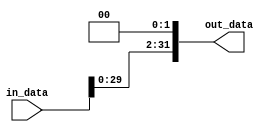
`timescale 1ns / 1ps
//////////////////////////////////////////////////////////////////////////////////
// Company: 
// Engineer: 
// 
// Design Name: 
// Module Name: SL2
// Project Name: 
// Target Devices: 
// Tool Versions: 
// Description: 
// 
// Dependencies: 
// 
// Revision:
// Revision 0.01 - File Created
// Additional Comments:
// 
//////////////////////////////////////////////////////////////////////////////////

//Percentages
//Mason: 33%
//Alex: 33%
// Ali: 33%
module SL2_32bit(
    input  [31:0] in_data, // 32-bit input data
    output [31:0] out_data // 32-bit output data
);
    assign out_data = in_data << 2; // Perform a 2-bit left shift

endmodule

module SL2_26to28bit(
    input  [25:0] in_data, // 32-bit input data
    output [27:0] out_data // 32-bit output data
);
    assign out_data = {in_data, 2'b00};  // Append two zeros at LSB

endmodule